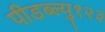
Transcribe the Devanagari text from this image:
पीडब्ल्यु१२३